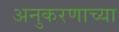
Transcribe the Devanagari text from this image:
अनुकरणाच्या